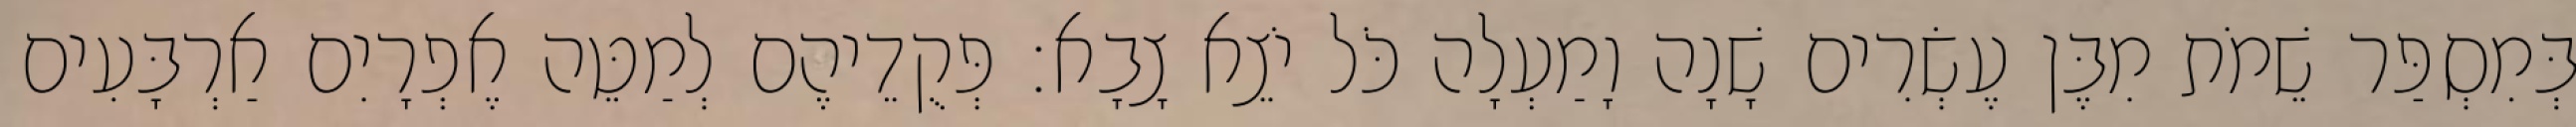
בְּמִסְפַּר שֵׁמֹת מִבֶּן עֶשְׂרִים שָׁנָה וָמַעְלָה כֹּל יֹצֵא צָבָא׃ פְּקֻדֵיהֶם לְמַטֵּה אֶפְרָיִם אַרְבָּעִים